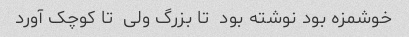
خوشمزه بود نوشته بود  تا بزرگ ولی  تا کوچک آورد